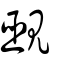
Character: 覡